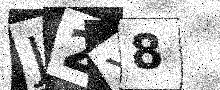
Text: J2Y8